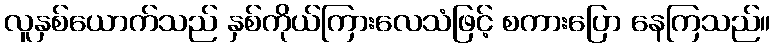
လူနှစ်ယောက်သည် နှစ်ကိုယ်ကြားလေသံဖြင့် စကားပြော နေကြသည်။